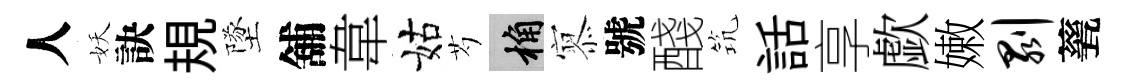
人妖訣規墜舖韋姑芍桷𡪹號醆𥬑話享歔嫩剥甆